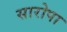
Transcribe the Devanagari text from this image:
सारोपा